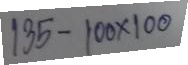
135 - 100 x 100